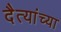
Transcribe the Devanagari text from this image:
दैत्यांच्या